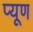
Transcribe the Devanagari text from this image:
प्यूण